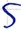
Text: S